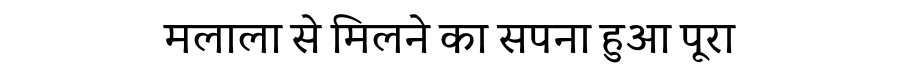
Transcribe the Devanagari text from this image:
मलाला से मिलने का सपना हुआ पूरा